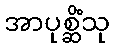
အာပုစ္ဆိံသု